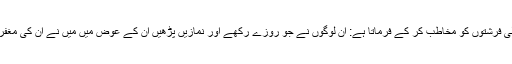
تب اللہ تعالیٰ فرشتوں کو مخاطب کر کے فرماتا ہے: ان لوگوں نے جو روزے رکھے اور نمازیں پڑھیں ان کے عوض میں میں نے ان کی مغفرت کر دی۔